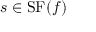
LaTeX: s \in \operatorname { S F } ( f )